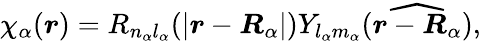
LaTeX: \chi_{\alpha}(\boldsymbol{r})=R_{n_{\alpha}l_{\alpha}}(|\boldsymbol{r}-\boldsymbol{R}_{\alpha}|)Y_{l_{\alpha}m_{\alpha}}(\widehat{\boldsymbol{r}-\boldsymbol{R}_{\alpha}}),